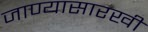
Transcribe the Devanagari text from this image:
जाण्यासारखी